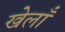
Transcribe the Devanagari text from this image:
खेलाँ